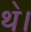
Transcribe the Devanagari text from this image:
थ॓।